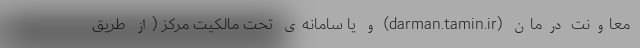
معاونت درمان (darman.tamin.ir) و یا سامانه‌ی تحت مالکیت مرکز (از طریق